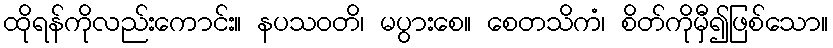
ထိုရန်ကိုလည်းကောင်း။ နပသဝတိ၊ မပွားစေ။ စေတသိကံ၊ စိတ်ကိုမှီ၍ဖြစ်သော။